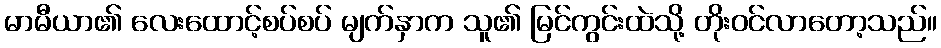
မာမီယာ၏ လေးထောင့်စပ်စပ် မျက်နှာက သူ၏ မြင်ကွင်းထဲသို့ တိုးဝင်လာတော့သည်။